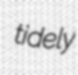
tidely